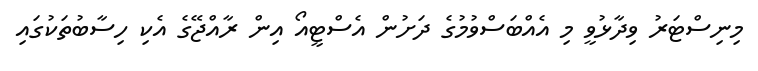
މިނިސްޓަރު ވިދާޅުވީ މި އެއްބަސްވުމުގެ ދަށުން އެސްޓީއޯ އިން ރާއްޖޭގެ އެކި ހިސާބުތަކުގައި